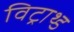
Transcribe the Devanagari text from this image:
विट्राथ्ड